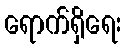
ရောက်ရှိရေး